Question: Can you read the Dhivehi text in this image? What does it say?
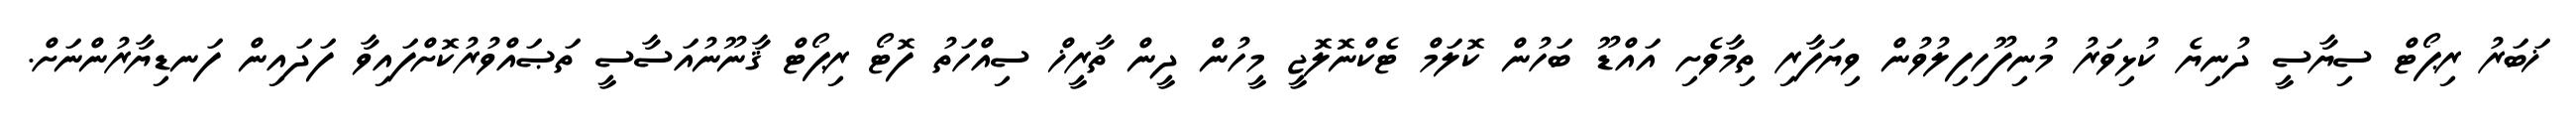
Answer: ޚަބަރު ރިޕޯޓް ސިޔާސީ ދުނިޔެ ކުޅިވަރު މުނިފޫހިފިލުވުން ވިޔަފާރި ތިމާވެށި އައްޑޫ ބަހުން ކޮލަމް ޓެކްނޮލޮޖީ މީހުން ދީން ތާރީޚް ސިއްހަތު ފޮޓޯ ރިޕޯޓް ޤާނޫނުއަސާސީ ތަޞައްވުރުކޮށްފައިވާ ފަދައިން ފަނޑިޔާރުންނަށް.